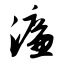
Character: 濂